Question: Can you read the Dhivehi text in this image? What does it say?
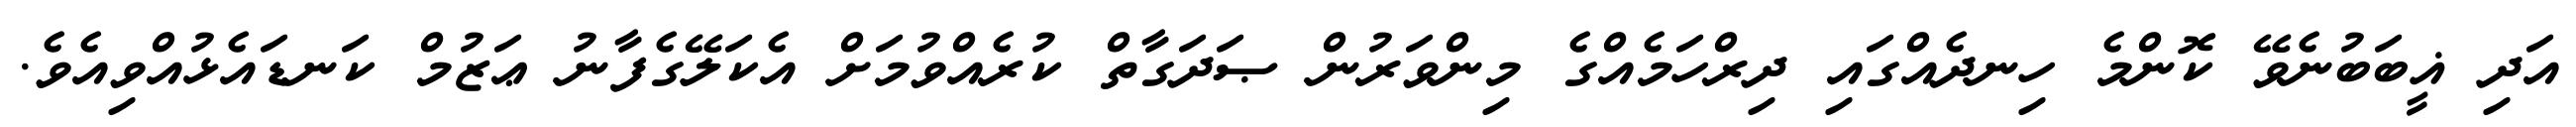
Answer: އަދި ޣީބަބުނެވޭ ކޮންމެ ހިނދެއްގައި ދިރްހަމެއްގެ މިންވަރުން ޞަދަގާތް ކުރެއްވުމަށް އެކަލޭގެފާނު ޢަޒުމް ކަނޑައެޅުއްވިއެވެ.